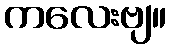
ကလေးဗျ။